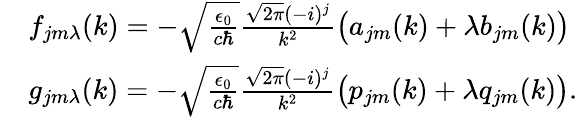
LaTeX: \begin{array}{rl}&{f_{jm\lambda}(k)=-\sqrt{\frac{\epsilon_{0}}{c\hbar}}\frac{\sqrt{2\pi}(-i)^{j}}{k^{2}}\big(a_{jm}(k)+\lambda b_{jm}(k)\big)}\\ &{g_{jm\lambda}(k)=-\sqrt{\frac{\epsilon_{0}}{c\hbar}}\frac{\sqrt{2\pi}(-i)^{j}}{k^{2}}\big(p_{jm}(k)+\lambda q_{jm}(k)\big).}\end{array}